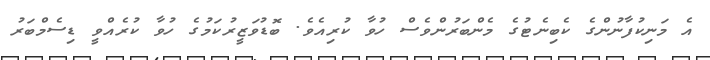
އެ މަނިކުފާނުންގެ ކެބިނެޓުގެ މެންބަރުންވެސް ހުވާ ކުރިއެވެ. ބޮޑުވަޒީރުކަމުގެ ހުވާ ކުރެއްވީ ޑިސެމްބަރު